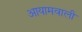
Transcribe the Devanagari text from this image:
आयामवाली